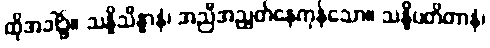
ထိုအခါ၌။ သန္နိသိန္နာနံ၊ အညီအညွတ်နေကုန်သော။ သန္နိပတိတာနံ၊